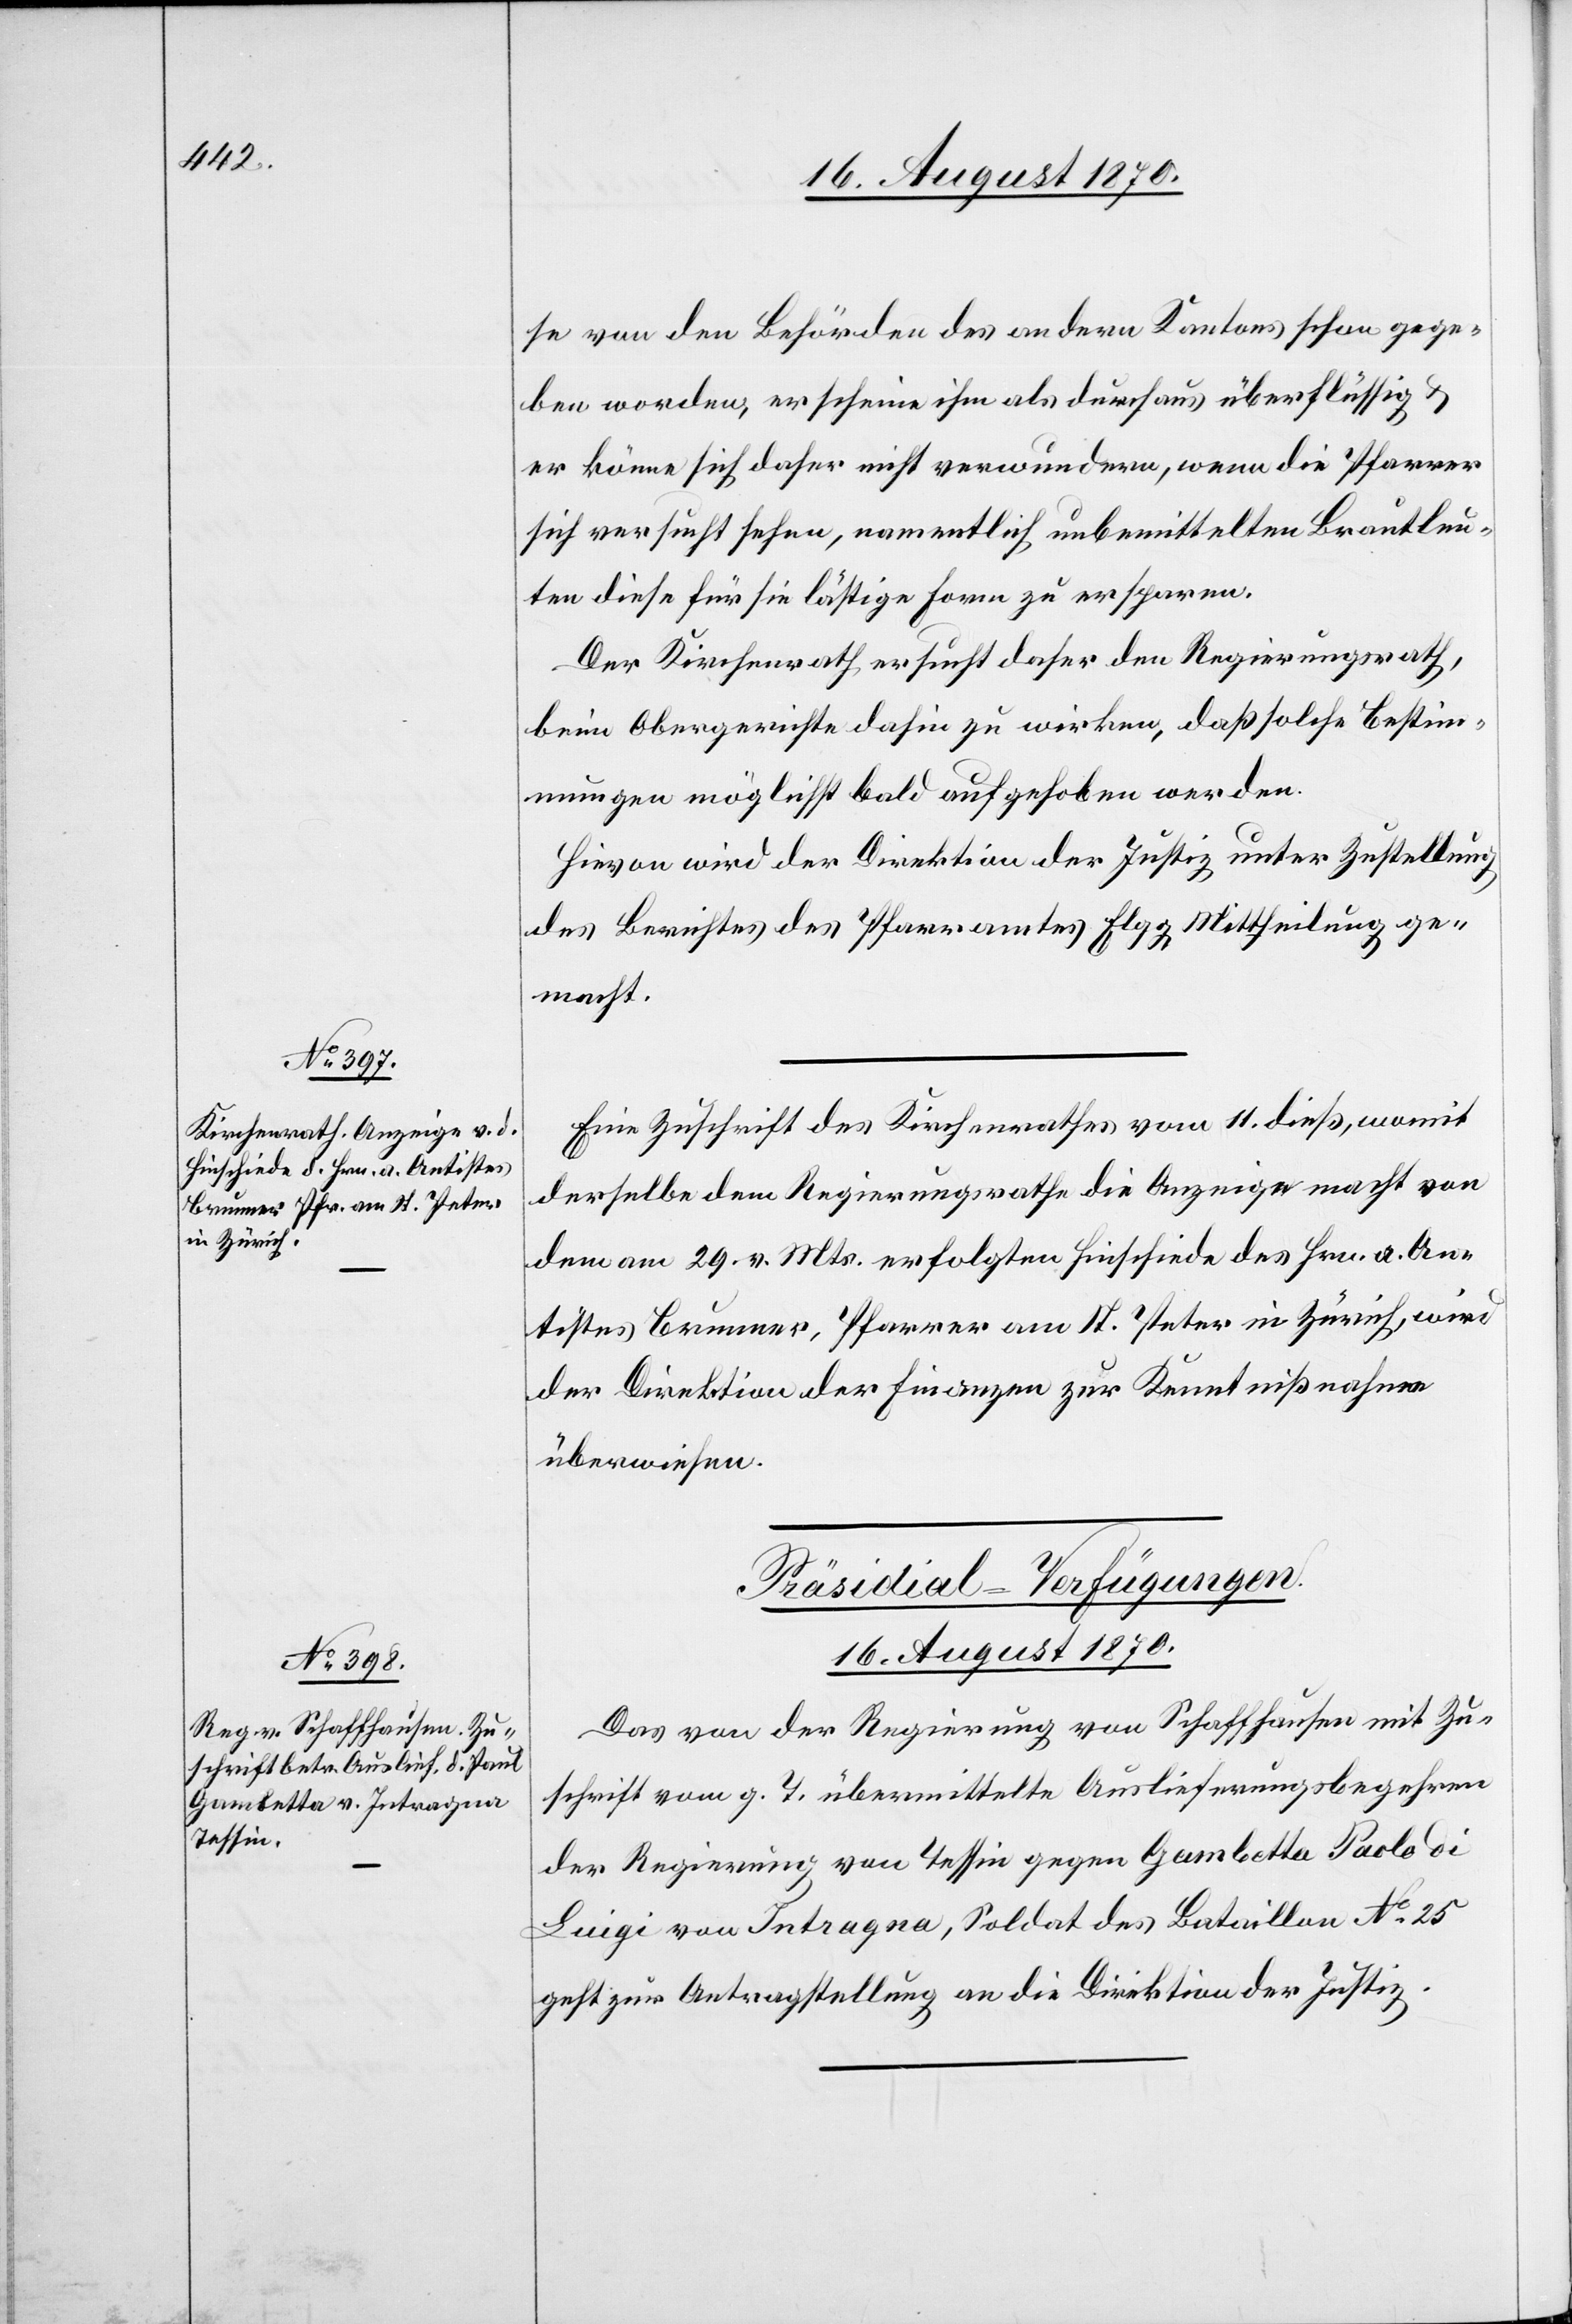
se von den Behörden des andern Kantons schon gege¬
ben worden, erscheine ihm als durchaus überflüssig &
er könne sich daher nicht verwundern, wenn die Pfarrer
sich versucht sehen, namentlich unbemittelten Brautleu¬
ten diese für sie lästige Form zu ersparen.
Der Kirchenrath ersucht daher den Regierungsrath,
beim Obergerichte dahin zu wirken, daß solche Bestim¬
mungen möglichst bald aufgehoben werden.
Hievon wird der Direktion der Justiz unter Zustellung
des Berichtes des Pfarramtes Elgg Mittheilung ge¬
macht.
Eine Zuschrift des Kirchenrathes vom 11. dieß, womit
derselbe dem Regierungsrathe die Anzeige macht von
dem am 29. v. Mts. erfolgten Hinscheide des Hrn. a. An¬
tistes Brunner, Pfarrer am St. Peter in Zürich, wird
der Direktion der Finanzen zur Kenntnißnahme
überwiesen.
Das von der Regierung von Schaffhausen mit Zu¬
schrift vom g. T. übermittelte Auslieferungsbegehren
der Regierung von Tessin gegen Gambetta Paolo di
[sic!] von Intragna, Soldat des Bataillon No 25
geht zur Antragstellung an die Direktion der Justiz.